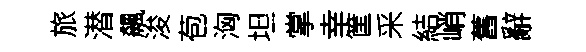
旅潜飆浚苞洶坦掌幸筐采結峭舊辭